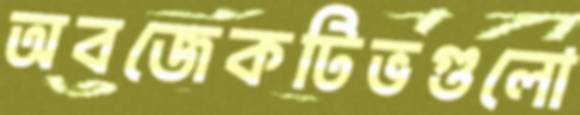
অবজেকটিভগুলো